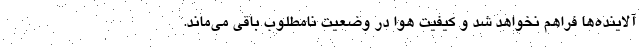
آلاینده‌ها فراهم نخواهد شد و کیفیت هوا در وضعیت نامطلوب باقی می‌ماند.